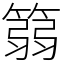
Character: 篛